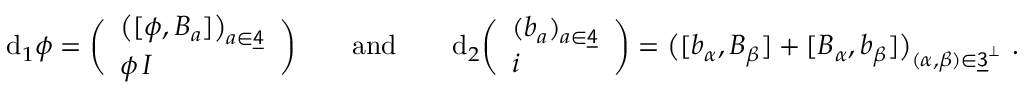
\begin{array} { r } { \mathrm { d } _ { 1 } \phi = \bigg ( \begin{array} { l } { \big ( [ \phi , B _ { a } ] \big ) _ { a \in \underline { { \sf 4 } } } } \\ { \phi \, I } \end{array} \bigg ) \qquad \mathrm { a n d } \qquad \mathrm { d } _ { 2 } \bigg ( \begin{array} { l } { ( b _ { a } ) _ { a \in \underline { { \sf 4 } } } } \\ { i } \end{array} \bigg ) = \big ( [ b _ { \alpha } , B _ { \beta } ] + [ B _ { \alpha } , b _ { \beta } ] \big ) _ { ( \alpha , \beta ) \in \underline { { \sf 3 } } ^ { \perp } } \ . } \end{array}